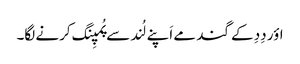
اؤر دِدِ کے گند مے اَپنے لُند سے پُمپِنگ کرنے لگا۔